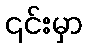
၎င်းမှာ